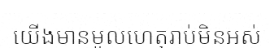
យើងមានមូលហេតុរាប់មិនអស់